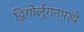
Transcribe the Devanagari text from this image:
द्विगोर्लुगनपत्ये